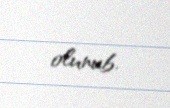
olunub.